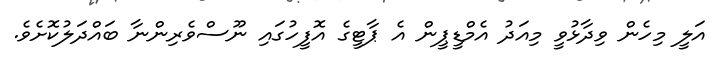
އަލީ މިހެން ވިދާޅުވީ މިއަދު އެމްޑީޕީން އެ ޕާޓީގެ އޮފީހުގައި ނޫސްވެރިންނާ ބައްދަލުކޮށެވެ.